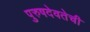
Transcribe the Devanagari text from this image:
पुरुषदेवतेची